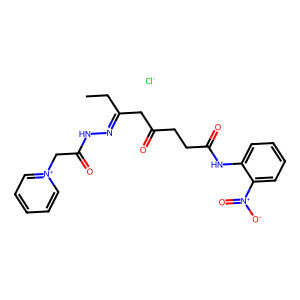
SMILES: CCC(CC(=O)CCC(=O)Nc1ccccc1[N+](=O)[O-])=NNC(=O)C[n+]1ccccc1.[Cl-]
Inhibits HIV replication: No